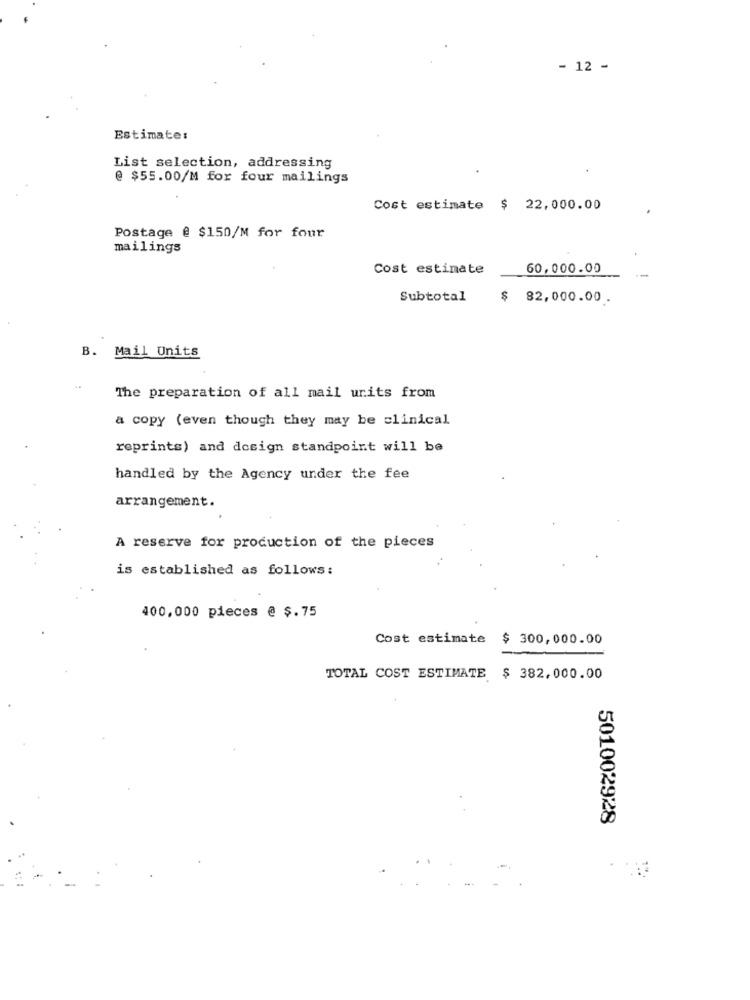
- 12 -
Estimate:
List selection, addressing
@ $55.00/M for four mailings
Cost estimate $ 22,000.00
Postage @ $150/M for four
mailings
Cost estimate
60,000.00
--
Subtotal
$ 82,000.00.
B. Mail Units
The preparation of all mail units from
a copy (even though they may be clinical
reprints) and design standpoint will be
handled by the Agency under the fee
arrangement.
A reserve for production of the pieces
is established as follows:
400,000 pieces @ $.75
Cost estimate $ 300,000.00
TOTAL COST ESTIMATE $ 382,000.00
501002928